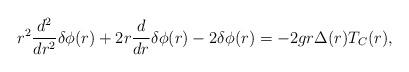
LaTeX: \begin{align*}r^2\frac{d^2}{dr^2}{\delta}{\phi}(r)+2r\frac{d}{dr}{\delta}{\phi}(r)-2{\delta}{\phi}(r)=-2gr{\Delta}(r)T_C(r),\end{align*}